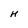
Character: H